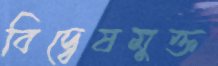
বিদ্বেষমুক্ত